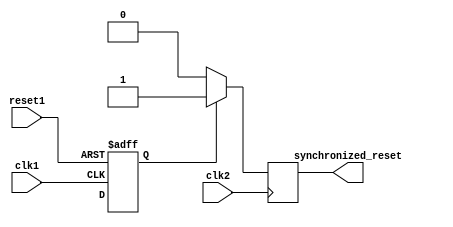
module Synchronizer (
    input wire clk1, // input clock domain
    input wire clk2, // output clock domain
    input wire reset1, // input reset signal
    output reg synchronized_reset // synchronized reset signal
);

reg synchronizer_reg1, synchronizer_reg2; // flip-flops for synchronizing data signals

always @(posedge clk1 or posedge reset1) begin
    if (reset1) begin
        synchronizer_reg1 <= 1'b0;
    end else begin
        synchronizer_reg1 <= input_signal; // synchronize data signal
    end
end

always @(posedge clk2) begin
    if (synchronizer_reg1) begin
        synchronized_reset <= 1'b1; // assert synchronized reset
    end else begin
        synchronized_reset <= 1'b0; // de-assert synchronized reset
    end
end

endmodule